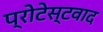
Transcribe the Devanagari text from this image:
प्रोटेस्टवाद